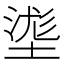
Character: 㙙